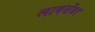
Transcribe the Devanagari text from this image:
लायसेंडर